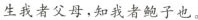
生我者父母，知我者鲍子也。